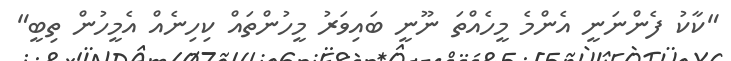
"ކާކު ފެންނަނީ އެންމެ މީހެއްތަ ނޫނީ ބައިވަރު މީހުންތައް ކިހިނެއް އެމީހުން ތިބީ"